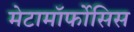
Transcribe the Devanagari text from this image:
मेटामॉर्फोसिस